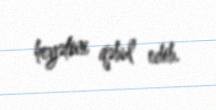
heyətini qəbul edib.